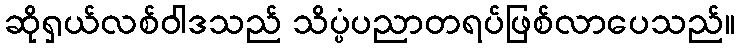
ဆိုရှယ်လစ်ဝါဒသည် သိပ္ပံပညာတရပ်ဖြစ်လာပေသည်။